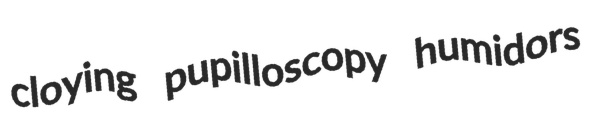
cloying pupilloscopy humidors